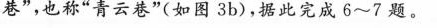
巷”，也称”青云巷”(如图3b)，据此完成6~7题。